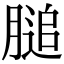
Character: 膇